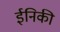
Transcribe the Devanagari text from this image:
ईनिकी